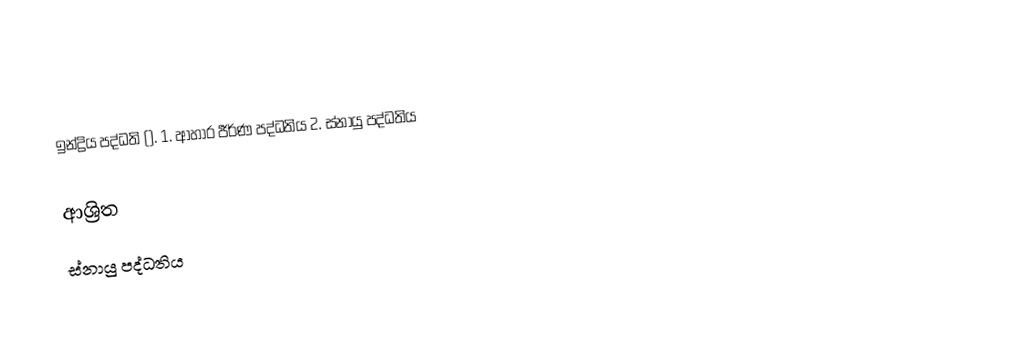
ඉන්ද්‍රිය පද්ධති ().               1. ආහාර  ජීර්ණ පද්ධතිය                                     2. ස්නායු  පද්ධතිය

ආශ්‍රිත
 ස්නායු පද්ධතිය